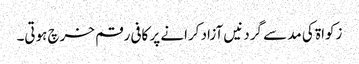
زکواۃ کی مد سے گردنیں آزاد کرانے پر کافی رقم خرچ ہوتی۔